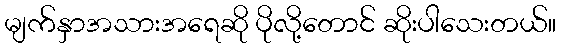
မျက်နှာအသားအရေဆို ပိုလို့တောင် ဆိုးပါသေးတယ်။